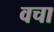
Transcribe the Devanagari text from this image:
वचा